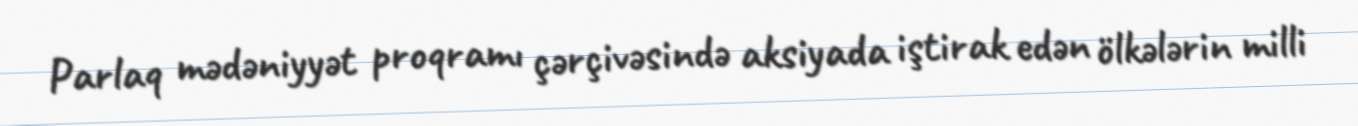
Parlaq mədəniyyət proqramı çərçivəsində aksiyada iştirak edən ölkələrin milli